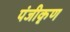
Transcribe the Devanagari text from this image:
पंजीकृण